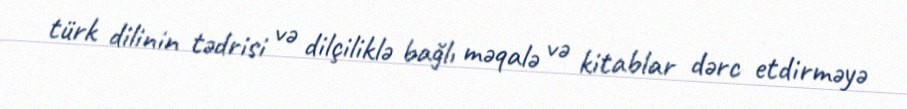
türk dilinin tədrisi və dilçiliklə bağlı məqalə və kitablar dərc etdirməyə